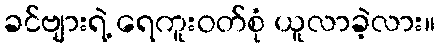
ခင်ဗျားရဲ့ ရေကူးဝတ်စုံ ယူလာခဲ့လား။